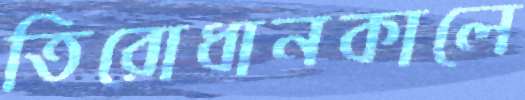
তিরোধানকালে